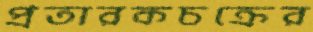
প্রতারকচক্রের